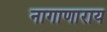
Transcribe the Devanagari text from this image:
नागाणाराय